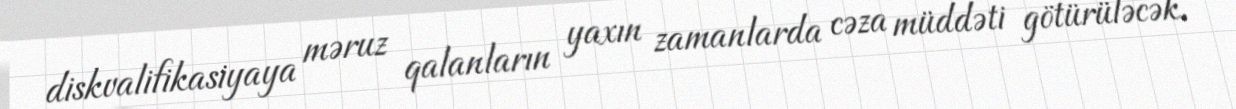
diskvalifikasiyaya məruz qalanların yaxın zamanlarda cəza müddəti götürüləcək.